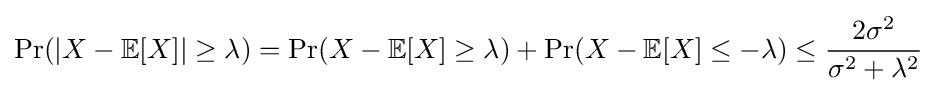
\Pr(|X-\mathbb {E} [X]|\geq \lambda )=\Pr(X-\mathbb {E} [X]\geq \lambda )+\Pr(X-\mathbb {E} [X]\leq -\lambda )\leq {\frac {2\sigma ^{2}}{\sigma ^{2}+\lambda ^{2}}}